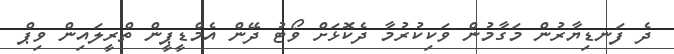
ދެ ފަނޑިޔާރުން މަގާމުން ވަކިކުރުމާ ދެކޮޅަށް ވޯޓު ދޭން އެމްޑީޕީން ތްރީލައިން ވިޕް